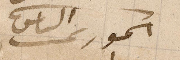
الخوري الياس